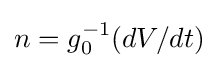
n=g_{0}^{-1}(dV/dt)